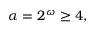
\alpha = 2 ^ { \omega } \geq 4 ,